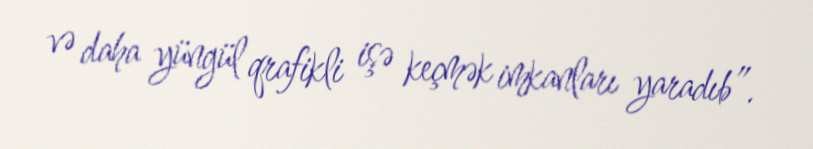
və daha yüngül qrafikli işə keçmək imkanları yaradıb”.